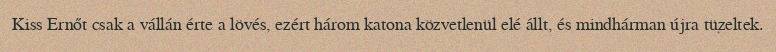
Kiss Ernőt csak a vállán érte a lövés, ezért három katona közvetlenül elé állt, és mindhárman újra tüzeltek.